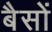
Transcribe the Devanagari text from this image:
बैसों